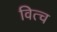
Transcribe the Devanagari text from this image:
वित्च